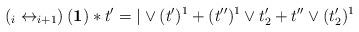
LaTeX: \begin{align*}\left(_{i}\leftrightarrow_{i+1}\right)_{}(\mathbf{1})\ast t'=|\vee (t')^{1} +(t'')^1\vee t'_2 + t''\vee (t'_2)^1\end{align*}